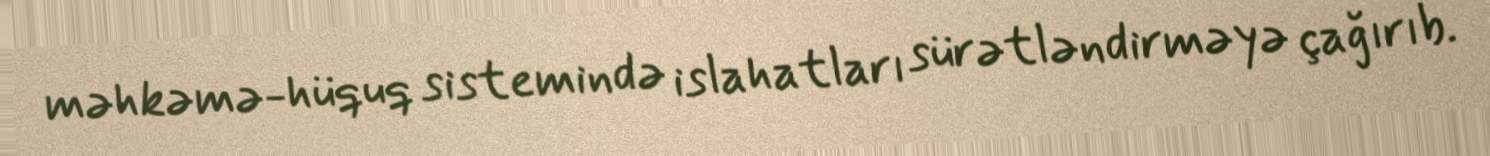
məhkəmə-hüquq sistemində islahatları sürətləndirməyə çağırıb.